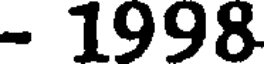
- 1998